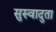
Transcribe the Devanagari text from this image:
सुस्वादुता